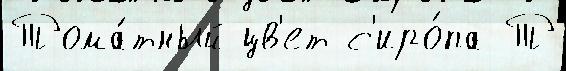
Тома́тный цв'ет с'иро́па Т